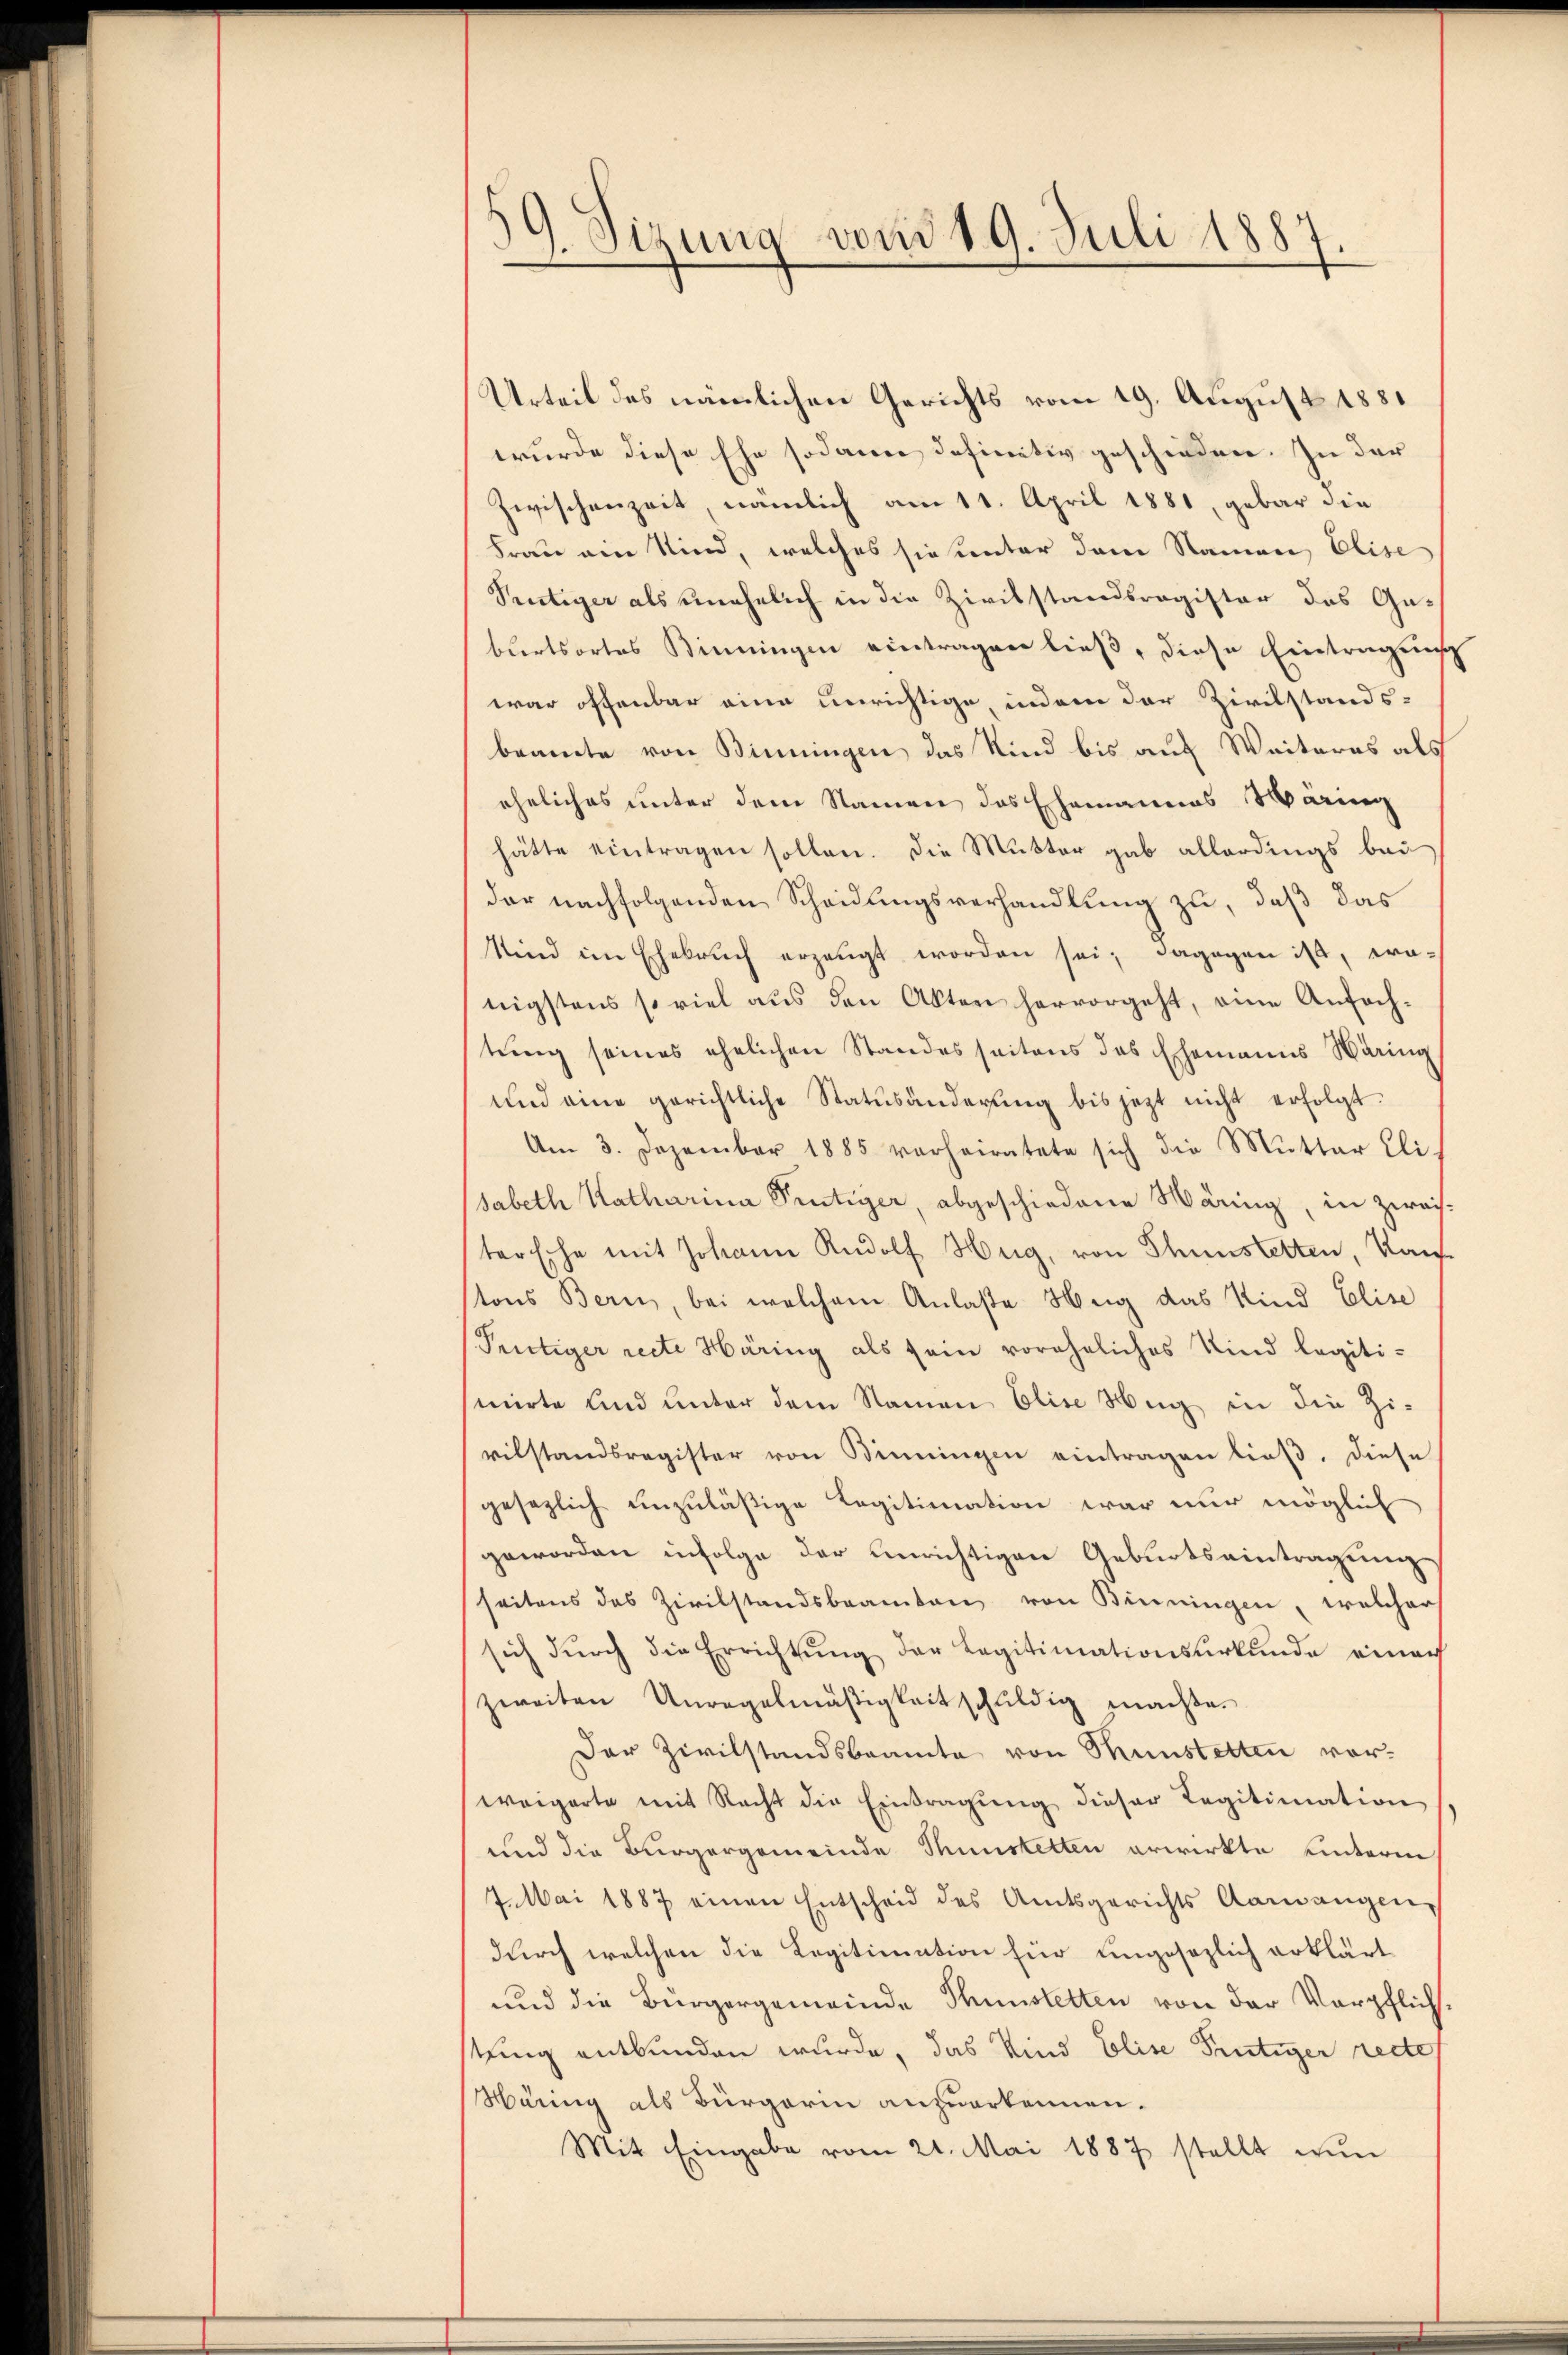
0
11. Sizung von 19. Juli 1887.

Urteil des nämlichen Gerichts vom 19. August 1881
wurde diese Ehe sodann definitiv geschieden. In der
Zwischenzeit, nämlich am 11. April 1881, gebar die
Frau ein Kind, welches sie unter dem Namen, Elise
Pertiger als unehelich in die Zivilstandsregister das Ge-
burtsortes Binningen eintragen ließ, diese Eintragung
war offenbar eine unrichtige, indem der Zivilstands-
beamte von Binningen das Kind bis auf Weiteres als
eheliches unter dem Namen des Ehemannes Wäring
hätte eintragen sollen. Die Mutter gab allerdings bei
der nachfolgenden Scheidungsverhandlung zu, daß das
Sind im Ehebrŭch erzeugt worden sei; dagegen ist, wo-
tigstens so viel aus den Akten hervorgeht, eine Anfach-
tŭng seines ehelichen Standes seitens des Ehemanns Wäring
und eine gerichtliche Statŭsänderŭng bis jezt nicht erfolgt.
Am 3. Dezember 1885 vorheiratete sich die Mutter Elisabeth Katharina Peutiger, abgeschiedene Wäring, in zweistersche mit Johann Rudolf Hug, von Thunstetten, Kauf-
tons Bern, bei welchem Anlaße Neig das Kind Elise
Prutiger recte Häring als sein voreheliches Kind legiti-
mirte und unter dem Namen Elise Hug in die Zivilstandsregister von Binningen eintragen ließ. Diese
gesezlich unzuläßige Legitimation war nur möglich
geworden infolge der einrichtigen Geburtseintragung
seitens des Zivilstandsbeamten von Benningen, welcher
sich durch die Errichtung der Legitimationsurkunde einer
zweiten Unregelmäßigkeit schuldig machte.
Der Zivilstandsbeamte von Münstetten vorweigerte mit Recht die Eintragŭng dieser Regitimation
und die Bürgergemeinde Thunstetten erwirkte unterm
7. Mai 1887 einen Entscheid des Amtsgerichts Aawangen,
durch welchen die Legitimation für ungesezlich erklärt
und die Bürgergemeinde Thunstetten von der Verpflichtuung entbunden wurde, das Kind Elise Frutiger recte
Märing als Bürgerin anzuerkennen.
Mit Eingabe vom 21. Mai 1887 stellt wun